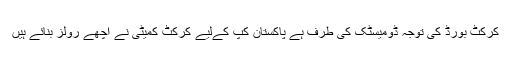
کرکٹ بورڈ کی توجہ ڈومیسٹک کی طرف ہے پاکستان کپ کےلیے کرکٹ کمیٹی نے اچھے رولز بنائے ہیں